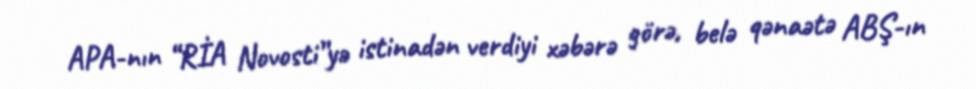
APA-nın “RİA Novosti”yə istinadən verdiyi xəbərə görə, belə qənaətə ABŞ-ın